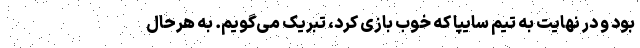
بود و در نهایت به تیم سایپا که خوب بازی کرد، تبریک می‌گویم. به هرحال